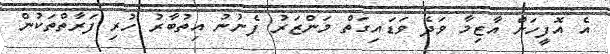
އެ އޮފީހަށް އާޒިމާ ވަދެ ވަޑައިގަތް މަންޒަރު ފެނުނު އިތުބާރު ހުރި ފަރާތްތަކުން